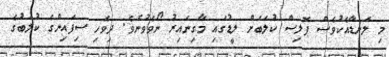
މި ލަނޑާއެކުވެސް ޕޮލިސް ކުލަބަށް ލީޑުގައި މާގިނައިރު ނޯވެވުނެވެ. ދިވެހި ސިފައިންގެ ކުލަބުގެ